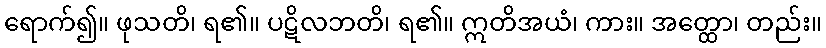
ရောက်၍။ ဖုသတိ၊ ရ၏။ ပဋိလဘတိ၊ ရ၏။ ဣတိအယံ၊ ကား။ အတ္ထော၊ တည်း။